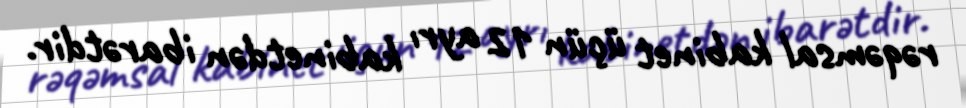
rəqəmsal kabinet üçün 12 ayrı kabinetdən ibarətdir.